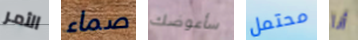
الأمر صماء سأعوضك محتمل أنا